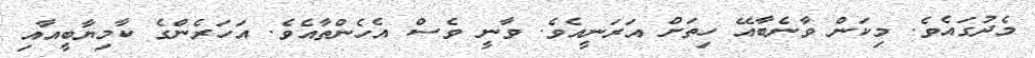
މެދުގައެވެ. މިކަން ވާނެބާއޭ ހިތަށް އަރަނީއެވެ. ވާނީ ވެސް އެހެންތާއެވެ. އަހަރެންގެ ކާމިޔާބީއާއި